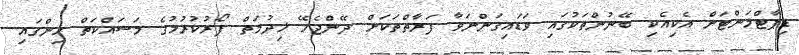
ޑިޕާޓްމަންޓަށް އެކިއެކި ބޭނުންތަކުގައި ވަޑައިގަންނަވާ ފަރާތްތަކަށް ދޭންޖެހޭ ޚިދުމަތް ފޯރުކުރުމުގެ މަސައްކަތް ހިންގައި